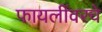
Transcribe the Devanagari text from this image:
फायलींवरचे